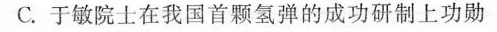
C.于敏院士在我国首颗氢弹的成功研制上功勋